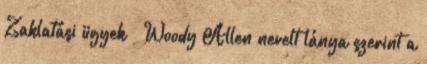
Zaklatási ügyek – Woody Allen nevelt lánya szerint a